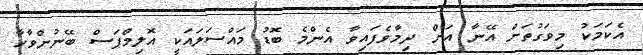
އެކަމަކު މިވަގުތަށް އޭނާ އަށް ދިމާވެފައިވާ އެންމެ ބޮޑު މައްސަލައަކީ އޮލިމްޕަސް ބޭނުންވާހާ